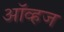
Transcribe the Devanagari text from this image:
ऑव्हज